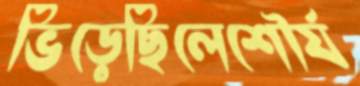
ভিড়েছিলেশৌর্য